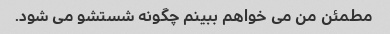
مطمئن من می خواهم ببینم چگونه شستشو می شود.